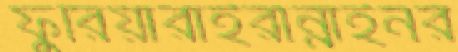
ফুরিয়ারাইরান্নাইনর